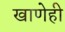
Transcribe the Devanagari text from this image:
खाणेही